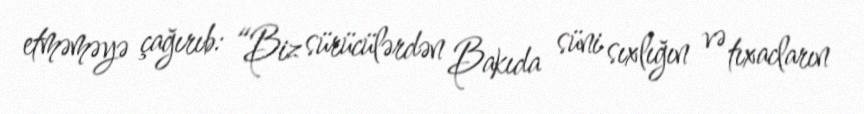
etməməyə çağırıb: “Biz sürücülərdən Bakıda süni sıxlığın və tıxacların